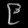
Digit: ၉